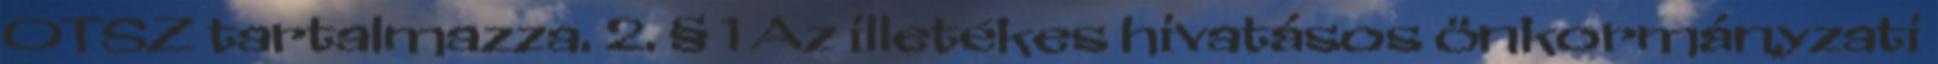
OTSZ tartalmazza. 2. § 1 Az illetékes hivatásos önkormányzati